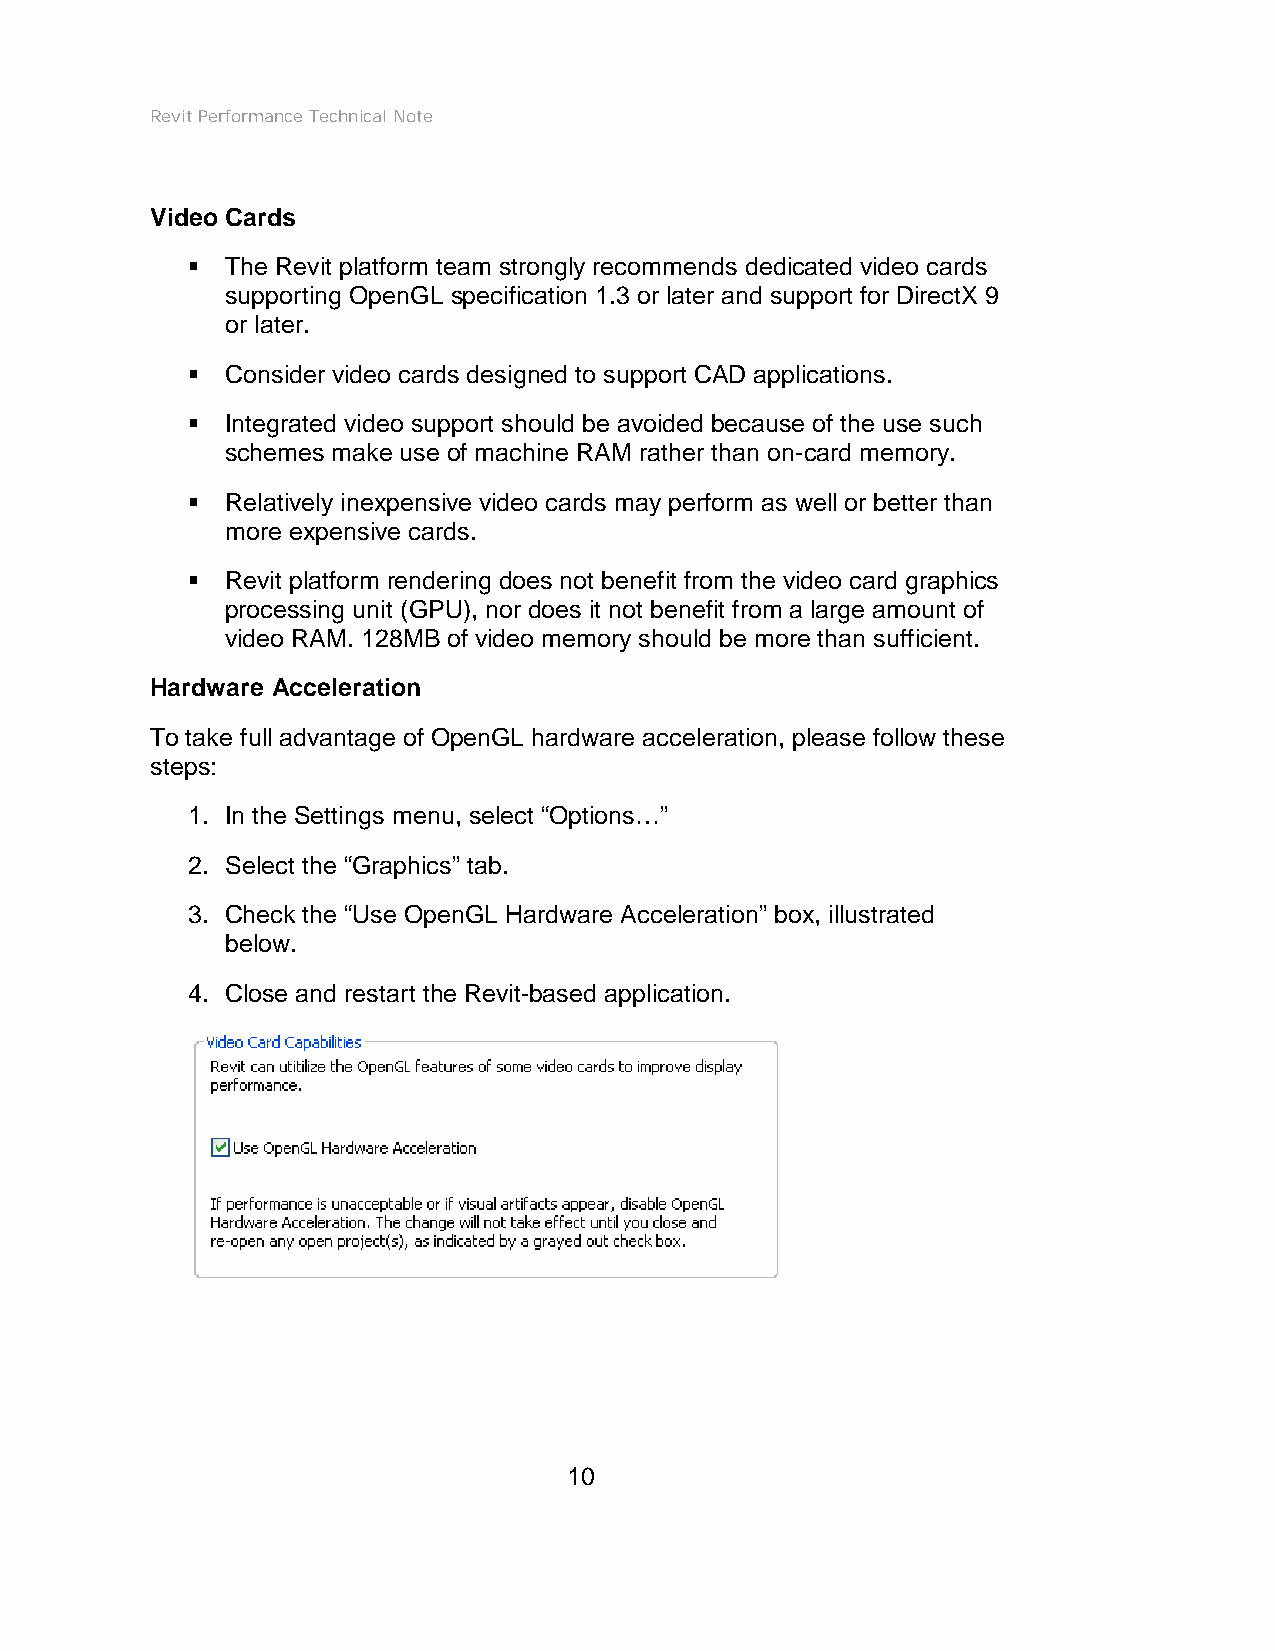
Revit Performance Technical Note
 Video Cards
   The Revit platform team strongly recommends dedicated video cards
 supporting OpenGL specification 1.3 or later and support for DirectX 9
 or later.
   Consider video cards designed to support CAD applications.
   Integrated video support should be avoided because of the use such
 schemes make use of machine RAM rather than on-card memory.
   Relatively inexpensive video cards may perform as well or better than
 more expensive cards.
   Revit platform rendering does not benefit from the video card graphics
 processing unit (GPU), nor does it not benefit from a large amount of
 video RAM. 128MB of video memory should be more than sufficient.
 Hardware Acceleration
 To take full advantage of OpenGL hardware acceleration, please follow these
 steps:
 1. In the Settings menu, select “Options…”
 2. Select the “Graphics” tab.
 3. Check the “Use OpenGL Hardware Acceleration” box, illustrated
 below.
 4. Close and restart the Revit-based application.
 10